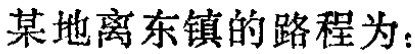
某地离东镇的路程为：